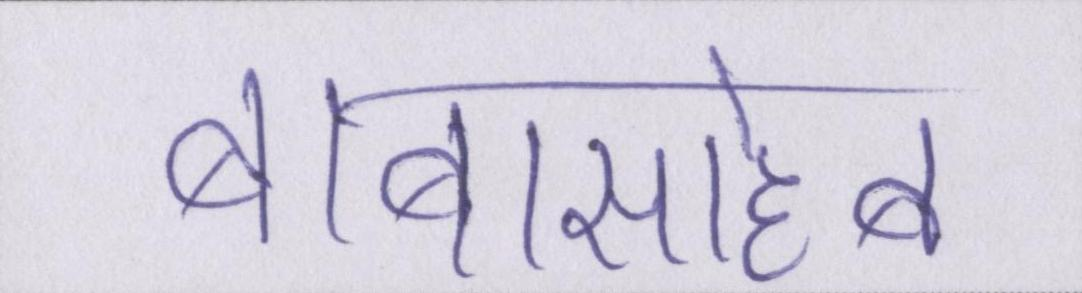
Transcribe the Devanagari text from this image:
बाबासाहेब